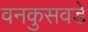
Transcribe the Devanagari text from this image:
वनकुसवडे